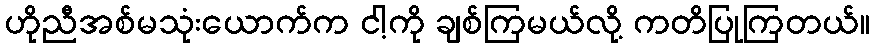
ဟိုညီအစ်မသုံးယောက်က ငါ့ကို ချစ်ကြမယ်လို့ ကတိပြုကြတယ်။